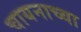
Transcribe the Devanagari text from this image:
चायनाच्या